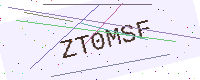
Text: ZT0MSF